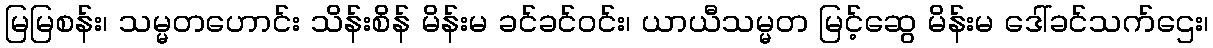
မြမြစန်း၊ သမ္မတဟောင်း သိန်းစိန် မိန်းမ ခင်ခင်ဝင်း၊ ယာယီသမ္မတ မြင့်ဆွေ မိန်းမ ဒေါ်ခင်သက်ဌေး၊